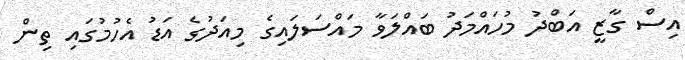
އިސް ގާޒީ އަބްދު މުހައްމަދު ބައްލަވާ މައްސަލައިގެ މިއަދުގެ އަޑު އެހުމުގައި ތިން